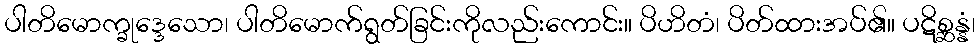
ပါတိမောက္ခုဒ္ဒေသော၊ ပါတိမောက်ရွတ်ခြင်းကိုလည်းကောင်း။ ပိဟိတံ၊ ပိတ်ထားအပ်၏။ ပဋိစ္ဆန္နံ၊